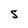
Character: S